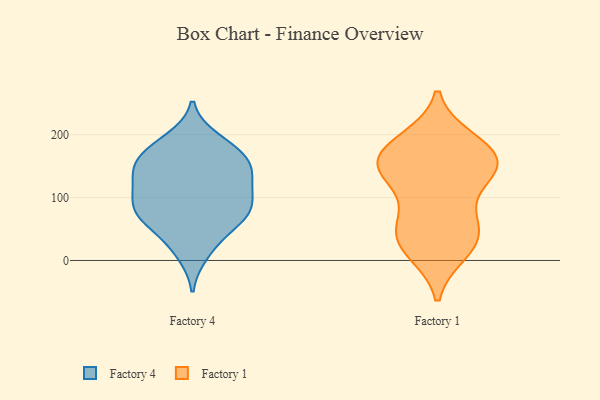
{"axis": {"x": "Population (Million)", "y": "Value"}, "legend": ["Factory 1", "Factory 4"], "data": [{"x": "", "y": 182, "type": "Factory 4"}, {"x": "", "y": 77, "type": "Factory 4"}, {"x": "", "y": 178, "type": "Factory 4"}, {"x": "", "y": 147, "type": "Factory 4"}, {"x": "", "y": 11, "type": "Factory 4"}, {"x": "", "y": 78, "type": "Factory 4"}, {"x": "", "y": 76, "type": "Factory 4"}, {"x": "", "y": 111, "type": "Factory 4"}, {"x": "", "y": 81, "type": "Factory 4"}, {"x": "", "y": 120, "type": "Factory 4"}, {"x": "", "y": 192, "type": "Factory 4"}, {"x": "", "y": 159, "type": "Factory 4"}, {"x": "", "y": 149, "type": "Factory 4"}, {"x": "", "y": 57, "type": "Factory 4"}, {"x": "", "y": 141, "type": "Factory 4"}, {"x": "", "y": 65, "type": "Factory 4"}, {"x": "", "y": 27, "type": "Factory 4"}, {"x": "", "y": 158, "type": "Factory 4"}, {"x": "", "y": 120, "type": "Factory 4"}, {"x": "", "y": 97, "type": "Factory 4"}, {"x": "", "y": 75, "type": "Factory 1"}, {"x": "", "y": 32, "type": "Factory 1"}, {"x": "", "y": 47, "type": "Factory 1"}, {"x": "", "y": 133, "type": "Factory 1"}, {"x": "", "y": 169, "type": "Factory 1"}, {"x": "", "y": 146, "type": "Factory 1"}, {"x": "", "y": 13, "type": "Factory 1"}, {"x": "", "y": 178, "type": "Factory 1"}, {"x": "", "y": 157, "type": "Factory 1"}, {"x": "", "y": 144, "type": "Factory 1"}, {"x": "", "y": 142, "type": "Factory 1"}, {"x": "", "y": 68, "type": "Factory 1"}, {"x": "", "y": 15, "type": "Factory 1"}, {"x": "", "y": 190, "type": "Factory 1"}, {"x": "", "y": 144, "type": "Factory 1"}, {"x": "", "y": 41, "type": "Factory 1"}, {"x": "", "y": 192, "type": "Factory 1"}]}